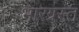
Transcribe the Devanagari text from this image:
भारग्रस्त